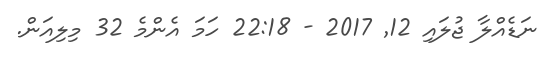
ނަޑެއްލާ ޖުލައި 12